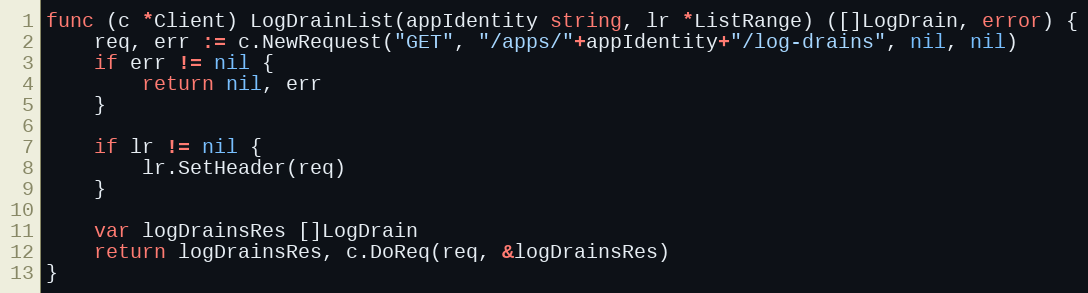
Language: Go
func (c *Client) LogDrainList(appIdentity string, lr *ListRange) ([]LogDrain, error) {
	req, err := c.NewRequest("GET", "/apps/"+appIdentity+"/log-drains", nil, nil)
	if err != nil {
		return nil, err
	}

	if lr != nil {
		lr.SetHeader(req)
	}

	var logDrainsRes []LogDrain
	return logDrainsRes, c.DoReq(req, &logDrainsRes)
}